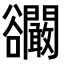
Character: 𧯘